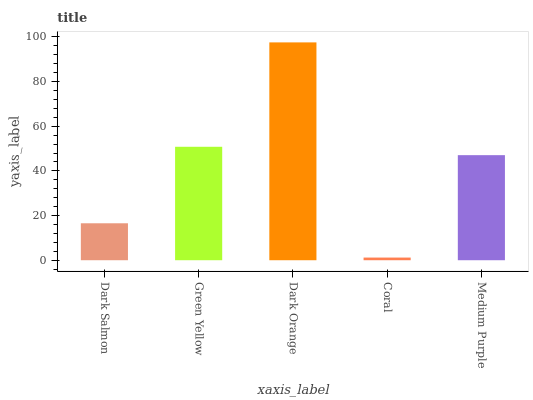
| xaxis_label | bars |
 | --- | --- |
 | Dark Salmon | 16.6 |
 | Green Yellow | 50.8 |
 | Dark Orange | 97.6 |
 | Coral | 1.19 |
 | Medium Purple | 47.1 |